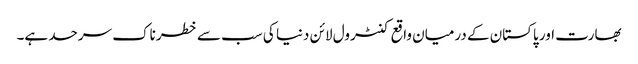
بھارت اور پاکستان کے درمیان واقع کنٹرول لائن دنیا کی سب سے خطرناک سرحد ہے۔